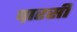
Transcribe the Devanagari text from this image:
प़ारसी